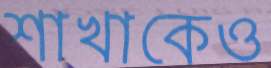
শাখাকেও